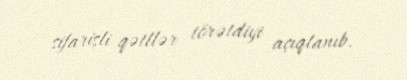
sifarişli qətllər törətdiyi açıqlanıb.